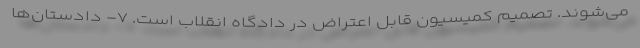
می‌شوند. تصمیم کمیسیون قابل اعتراض در دادگاه انقلاب است. ۷- دادستان‌ها